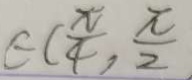
\in ( \frac { \pi } { 4 } , \frac { \pi } { 2 }